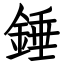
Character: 錘